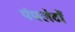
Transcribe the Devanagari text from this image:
पंपलेटों